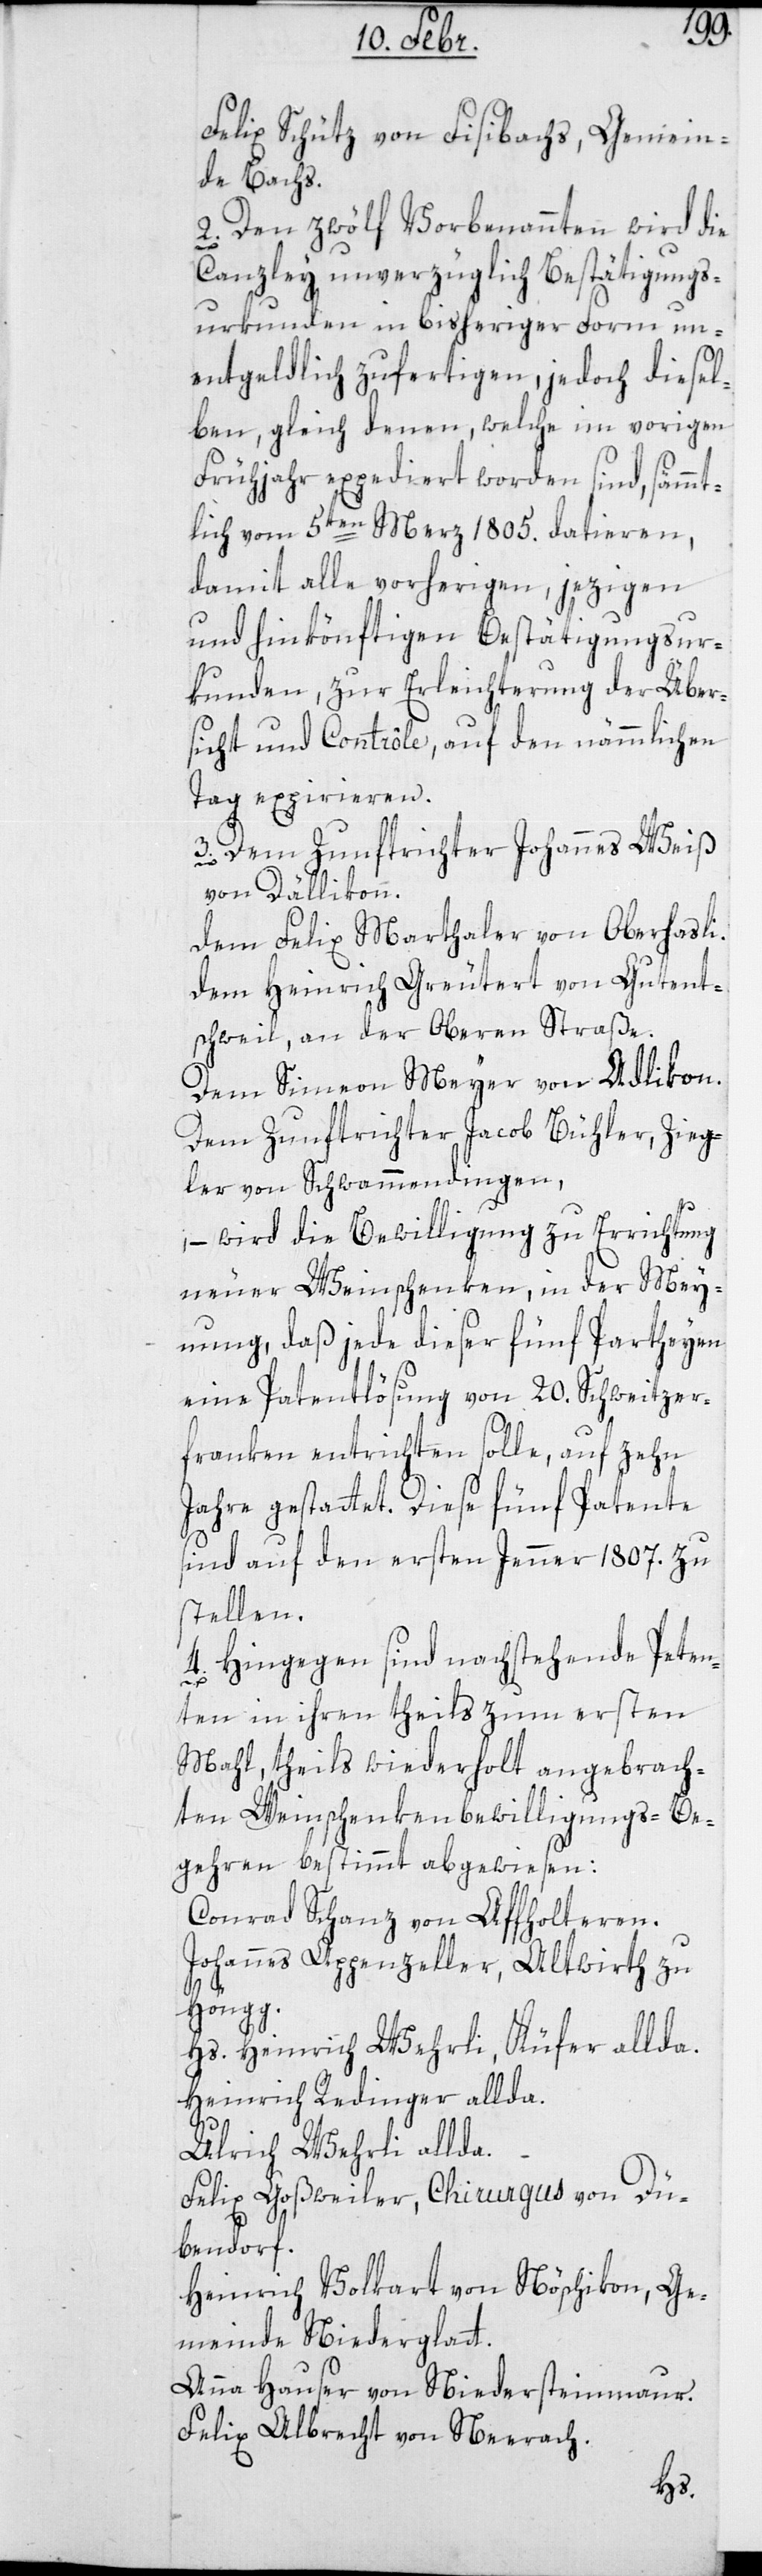
Felix Schütz, von Fisibach, Gemein¬
de Bachs.
2. Den zwölf Vorbenannten wird die
Canzley unverzüglich Bestätigungs¬
urkunden in bisheriger Form un¬
entgeldlich zufertigen, jedoch diesel¬
ben gleich denen, welche im vorigen
Frühjahr expediert worden sind, sämmt¬
lich vom 5ten Merz 1805. datieren,
damit alle vorherigen, jetzigen
und hinkönftigen Bestätigungsur¬
kunden, zur Erleichterung der Über¬
sicht und Contrôle, auf den nämmlichen
Tag expirieren.
3. Dem Zunftrichter Johannes Weiß
von Dällikon.
dem Felix Marthalter von Oberhasli.
dem Heinrich Greutert von Gutent¬
schweil, an der Oberen Straße.
Dem Simeon Meyer von Adlikon.
Dem Zunftrichter Jacob Bühler, Zieg¬
ler von Schwammendingen,
– wird die Bewilligung zu Errichtung
neuer Weinschenken, in der Mey¬
nung, daß jede dieser fünf Parteyen
eine Patentlösung von 20. Schweitzer¬
franken entrichten solle, auf zehn
Jahre gestattet. Diese fünf Patente
sind auf den ersten Jenner 1807. zu
stellen.
4. Hingegen sind nachstehende Peten¬
ten in ihren theils zum ersten
Mal, theils wiederholt angebrach¬
ten Weinschenkenbewilligungs-Be¬
gehren bestimmt abgewiesen:
Conrad Schanz von Affolteren.
Johannes Appenzeller, Altwirt, zu
Höngg.
Hs. Heinrich Wehrli, Küfer allda.
Heinrich Redinger allda.
Ulrich Wehrli allda.
Felix Goßweiler, Chirurgus, von Dü¬
bendorf.
Heinrich Volkart, von Nöschikon, Ge¬
meinde Niederglatt.
Anna Hauser von Niedersteinmaur.
Felix Albrecht von Neerach.